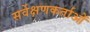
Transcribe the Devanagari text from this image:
सर्वेक्षणकर्ताओं